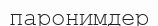
паронимдер